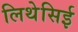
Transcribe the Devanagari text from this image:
लिथेसिई